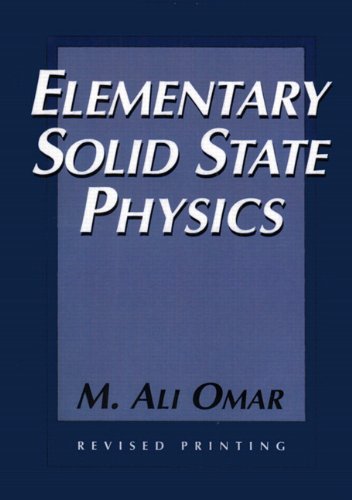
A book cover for Elementary Solid State Physics: Principles and Applications; M. Ali Omar; Science & Math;